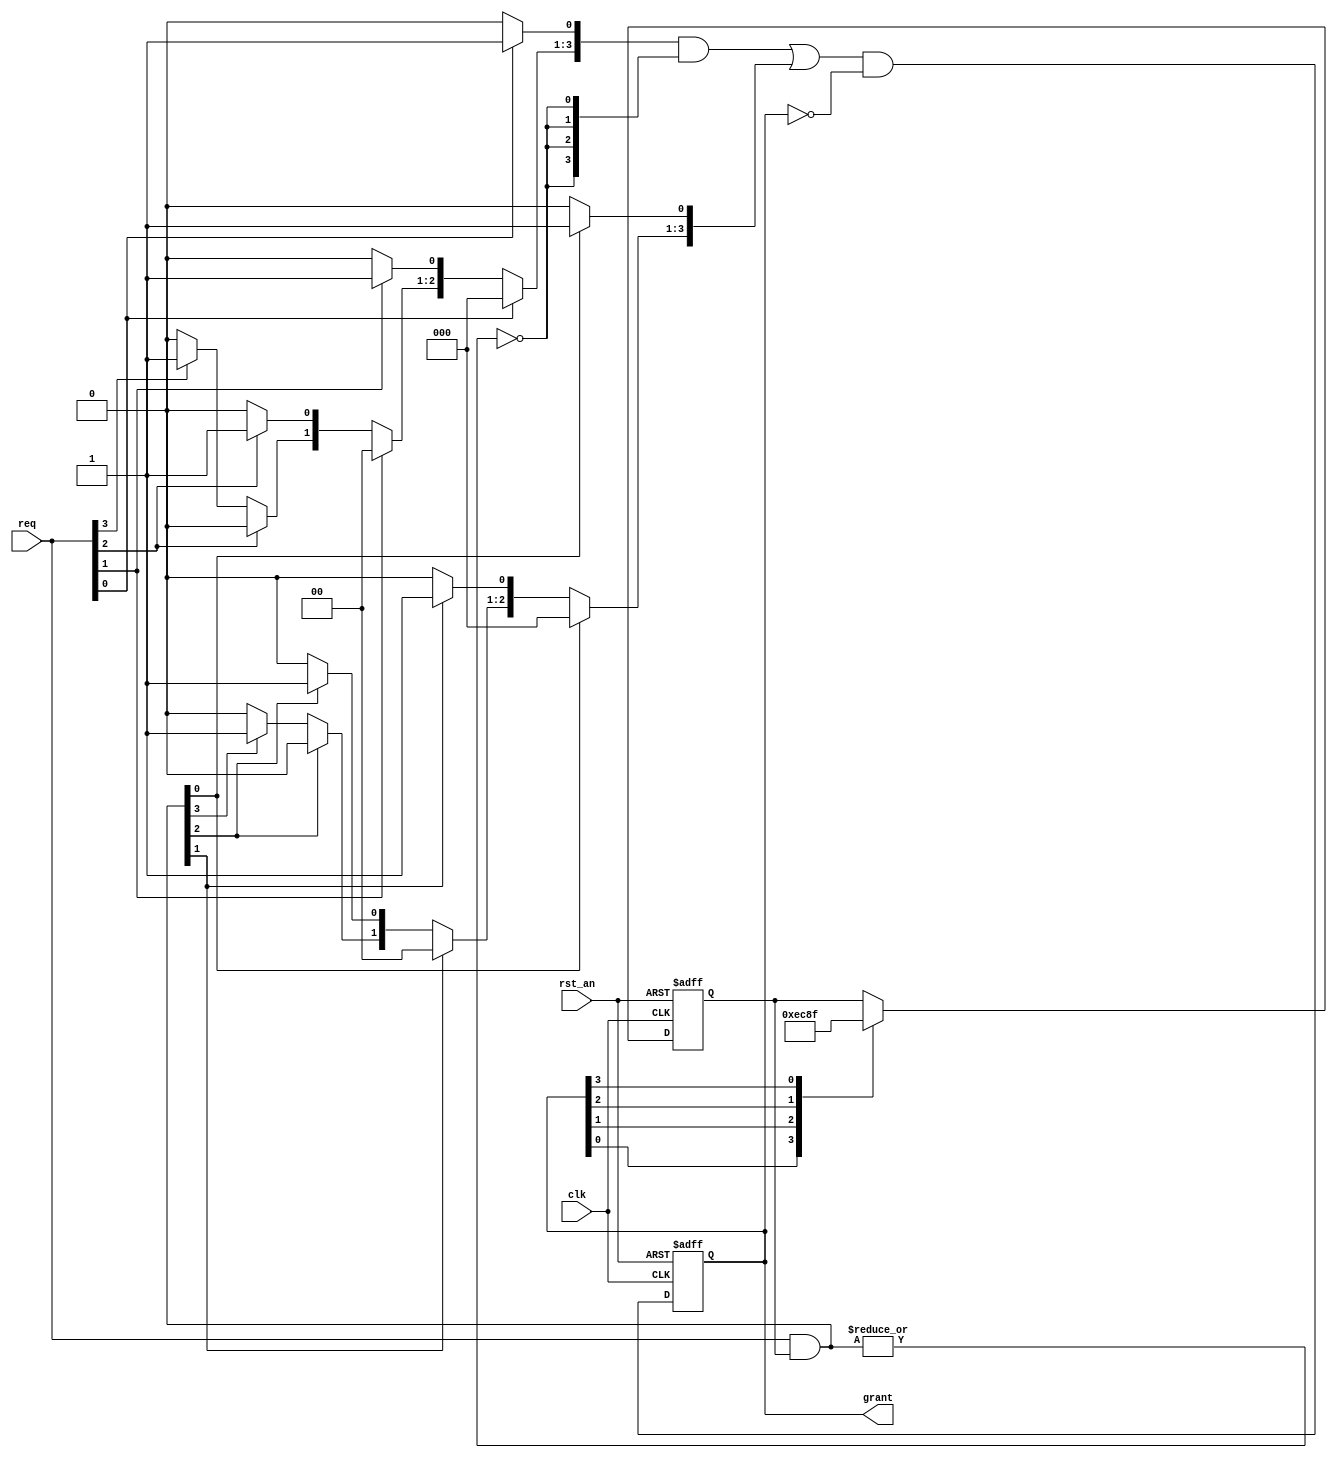
module round_robin_arbiter (
	rst_an,
	clk,
	req,
	grant
);


input		rst_an;
input		clk;
input	[3:0]	req;
output	[3:0]	grant;

reg	 [3:0]	    rotate_ptr;
wire [3:0]	mask_req;
reg	 [3:0]	    mask_grant;
wire [3:0]	grant_comb;
reg	 [3:0]	    grant;
wire		    no_mask_req;
reg	 [3:0]	    nomask_grant;

always @ (posedge clk or negedge rst_an)
begin
	if (!rst_an)
		rotate_ptr[3:0] <= 4'b1111;
	else 
		case (1'b1) 
            // synthesis parallel_case
			grant[0]: rotate_ptr[3:0] <= 4'b1110;
			grant[1]: rotate_ptr[3:0] <= 4'b1100;
			grant[2]: rotate_ptr[3:0] <= 4'b1000;
			grant[3]: rotate_ptr[3:0] <= 4'b1111;
		endcase 
end

assign mask_req[3:0] = req[3:0] & rotate_ptr[3:0];

// simple priority arbiter for mask req
always @ (*)
begin
	mask_grant[3:0] = 4'b0;
	if (mask_req[0])	mask_grant[0] = 1'b1;
	else if (mask_req[1])	mask_grant[1] = 1'b1;
	else if (mask_req[2])	mask_grant[2] = 1'b1;
	else if (mask_req[3])	mask_grant[3] = 1'b1;
end

// simple priority arbiter for no mask req
always @ (*)
begin
	nomask_grant[3:0] = 4'b0;
	if (req[0])		nomask_grant[0] = 1'b1;
	else if (req[1])	nomask_grant[1] = 1'b1;
	else if (req[2])	nomask_grant[2] = 1'b1;
	else if (req[3])	nomask_grant[3] = 1'b1;
end

assign no_mask_req = ~|mask_req[3:0];
//assign grant_comb[3:0] = no_mask_req ? nomask_grant[3:0] : mask_grant[3:0];
assign grant_comb[3:0] = (nomask_grant[3:0] & {4{no_mask_req}}) | mask_grant[3:0];

always @ (posedge clk or negedge rst_an)
begin
	if (!rst_an)	grant[3:0] <= 4'b0;
	else		grant[3:0] <= grant_comb[3:0] & ~grant[3:0];
end
endmodule